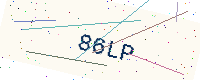
Text: 86LP